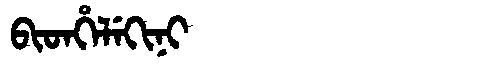
Manchu: ᠪᡳᡨᡥᡝᠯᡝᡴᡳᠨᡳ
Romanization: BITHELEKINI